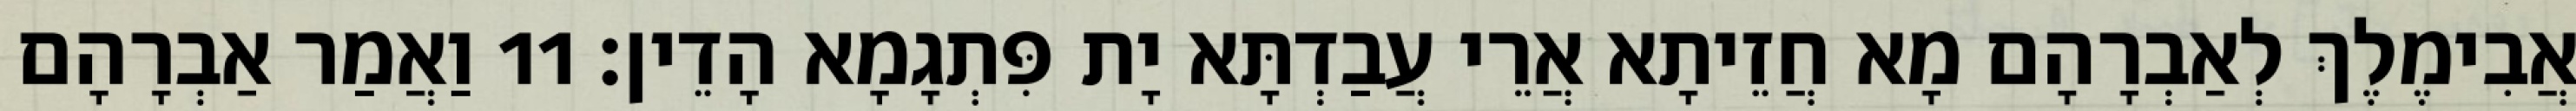
אֲבִימֶלֶךְ לְאַבְרָהָם מָא חֲזֵיתָא אֲרֵי עֲבַדְתָּא יָת פִּתְגָמָא הָדֵין׃ 11 וַאֲמַר אַבְרָהָם